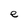
Character: e